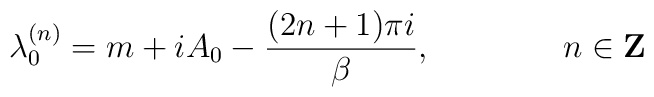
\lambda_0^{(n)}=m+iA_0-\frac{(2n+1)\pi i}{\beta}, \qquad\qquad n\in {\bf Z}